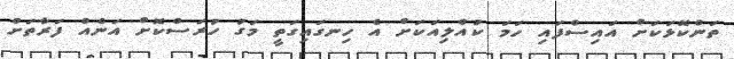
ތަންކޮޅަކަށް އައިސްފައި ހަމަ ކުއްލިއަކަށް އެ ހިނގައިގަތީ މަގު ހުރަސްކޮށް އަނެއް ފަރާތަށް